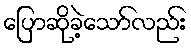
ပြောဆိုခဲ့သော်လည်း